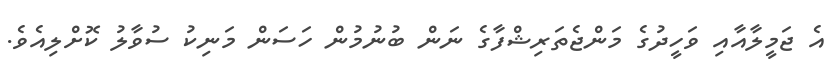
އެ ޖަމީލާއާއި ވަހީދުގެ މަންޖެތަރިޝްފާގެ ނަން ބުނުމުން ހަސަން މަނިކު ސުވާލު ކޮށްލިއެވެ.